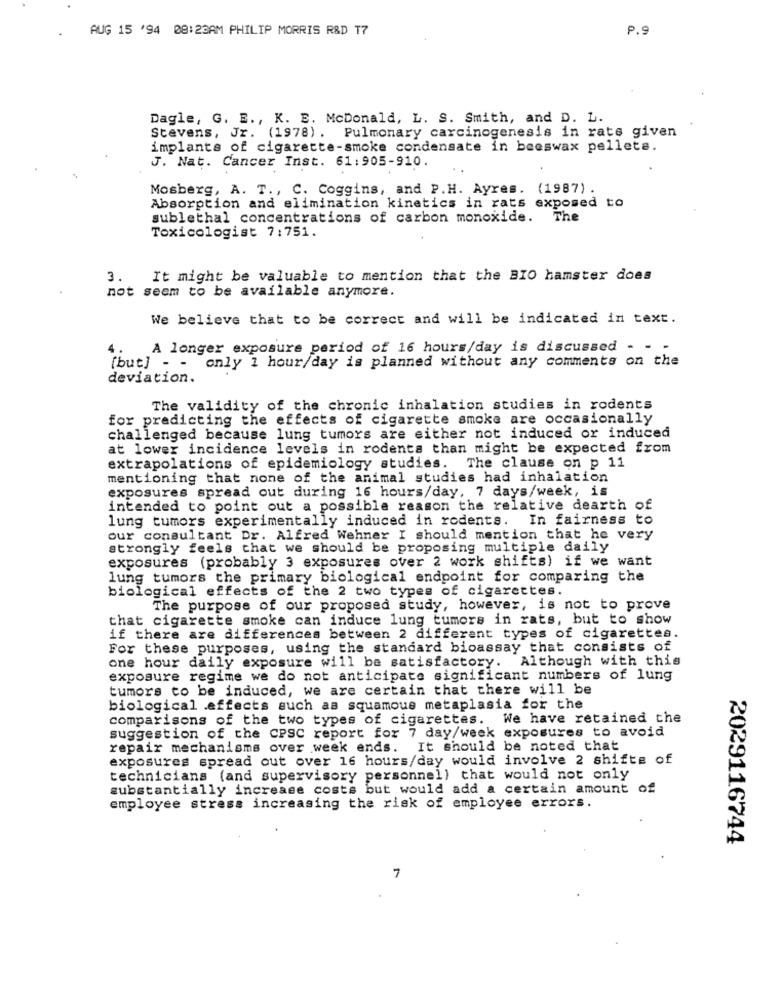
AUG 15 '94 08:23AM PHILIP MORRIS R&D T7
P.9
Dagle, G. E ., K. E. McDonald, L. S. Smith, and D. L.
Stevens, Jr. (1978) . Pulmonary carcinogenesis in rats given
implants of cigarette-smoke condensate in beeswax pellets.
J. Nat. Cancer Inst. 61:905-910.
Mosberg, A. T ., C. Coggins, and P.H. Ayres. (1987).
Absorption and elimination kinetics in rats exposed to
sublethal concentrations of carbon monoxide.
The
Toxicologist 7:751.
3. It might be valuable to mention that the BIO hamster does
not seem to be available anymore.
We believe that to be correct and will be indicated in text.
A longer exposure period of 16 hours/day is discussed - -
[but] - - only 1 hour/day is planned without any comments on the
deviation.
The validity of the chronic inhalation studies in rodents
for predicting the effects of cigarette smoke are occasionally
challenged because lung tumors are either not induced or induced
at lower incidence levels in rodents than might be expected from
extrapolations of epidemiology studies.
The clause on p 11
mentioning that none of the animal studies had inhalation
exposures spread out during 16 hours/day, 7 days/week, is
intended to point out a possible reason the relative dearth of
lung tumors experimentally induced in rodents. In fairness to
our consultant Dr. Alfred Wehner I should mention that he very
strongly feels that we should be proposing multiple daily
exposures (probably 3 exposures over 2 work shifts) if we want
lung tumors the primary biological endpoint for comparing the
biological effects of the 2 two types of cigarettes.
The purpose of our proposed study, however, is not to prove
that cigarette smoke can induce lung tumors in rats, but to show
if there are differences between 2 different types of cigarettes.
For these purposes, using the standard bioassay that consists of
one hour daily exposure will be satisfactory. Although with this
exposure regime we do not anticipate significant numbers of lung
tumors to be induced, we are certain that there will be
biological .effects such as squamous metaplasia for the
comparisons of the two types of cigarettes. We have retained the
suggestion of the CPSC report for 7 day/week exposures to avoid
repair mechanisms over week ends. It should be noted that
exposures spread out over 16 hours/day would involve 2 shifte of
technicians (and supervisory personnel) that would not only
substantially increase costs but would add a certain amount of
employee stress increasing the risk of employee errors.
2029116744
7